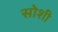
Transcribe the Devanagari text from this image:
सोशी